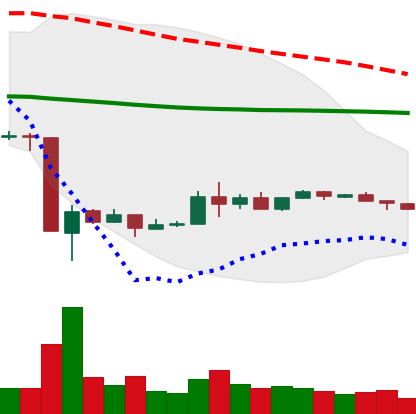
Ticker: EOS-USD
Chart end date: 2020-03-29
Forward return: 9.634%
Label: up_7plus